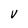
Character: v